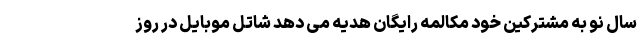
سال نو به مشترکین خود مکالمه رایگان هدیه می دهد شاتل موبایل در روز